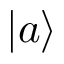
\vert a \rangle